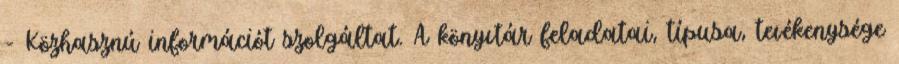
- Közhasznú információt szolgáltat. A könyvtár feladatai, típusa, tevékenysége